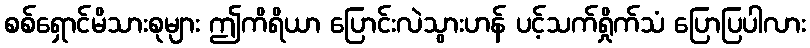
စစ်ရှောင်မိသားစုများ ဤကိရိယာ ပြောင်းလဲသွားဟန် ပင့်သက်ရှိုက်သံ ပြောပြပါလား